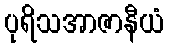
ပုရိသအာဇာနီယံ